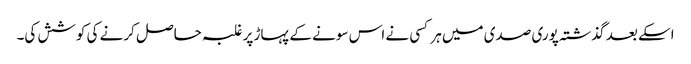
اسکے بعد گذشتہ پوری صدی میں ہر کسی نے اس سونے کے پہاڑ پر غلبہ حاصل کرنے کی کوشش کی۔